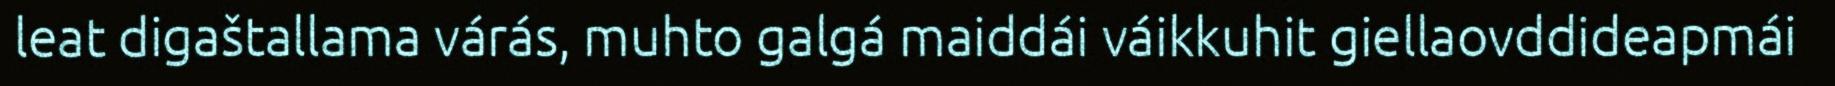
leat digaštallama várás, muhto galgá maiddái váikkuhit giellaovddideapmái